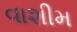
વાશીમ